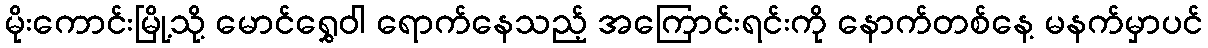
မိုးကောင်းမြို့သို့ မောင်ရွှေဝါ ရောက်နေသည့် အကြောင်းရင်းကို နောက်တစ်နေ့ မနက်မှာပင်